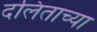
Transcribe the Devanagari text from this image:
दलिताच्या